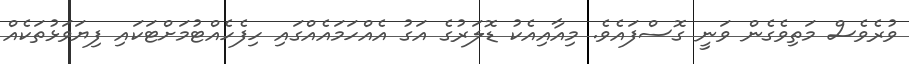
ވުރެވެސް މަތިވެގެން ވަނީ ގޮސްފައެވެ. މިއާއިއެކު ޑޮލަރުގެ އަގު އެއްހަމައެއްގައި ހިފެހެއްޓުމަށްޓަކައި ފިޔަވަޅުތަކެއް